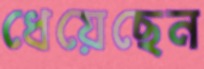
ধেয়েছেন